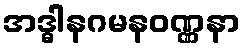
အဒ္ဓါနဂမနဝဏ္ဏနာ